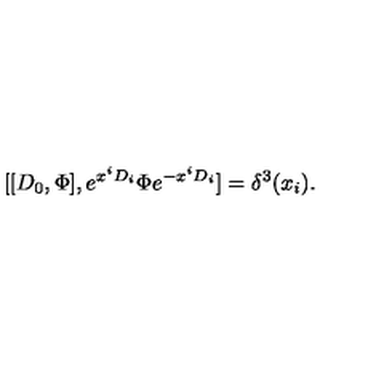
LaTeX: [ [ D _ { 0 } , \Phi ] , e ^ { x ^ { i } D _ { i } } \Phi e ^ { - x ^ { i } D _ { i } } ] = \delta ^ { 3 } ( x _ { i } ) .